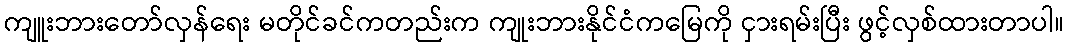
ကျူးဘားတော်လှန်ရေး မတိုင်ခင်ကတည်းက ကျုးဘားနိုင်ငံကမြေကို ငှားရမ်းပြီး ဖွင့်လှစ်ထားတာပါ။